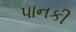
પાનકી